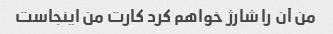
من آن را شارژ خواهم کرد کارت من اینجاست